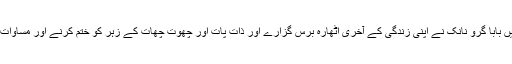
کرتار پور میں بابا گرو نانک نے اپنی زندگی کے آخری اٹھارہ برس گزارے اور ذات پات اور چھوت چھات کے زہر کو ختم کرنے اور مساوات کا درس دیا۔